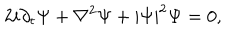
LaTeX: 2 i \partial _ { t } \Psi + \nabla ^ { 2 } \Psi + | \Psi | ^ { 2 } \Psi = 0 ,